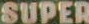
SUPER